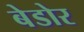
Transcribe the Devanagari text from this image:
बेडोर